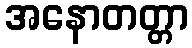
အနောတတ္တာ